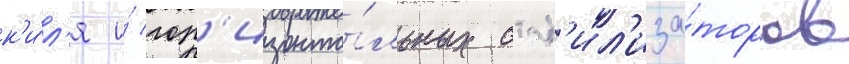
к'и́л'я и́ гор'изонта́льных стаб'ил'иза́торов